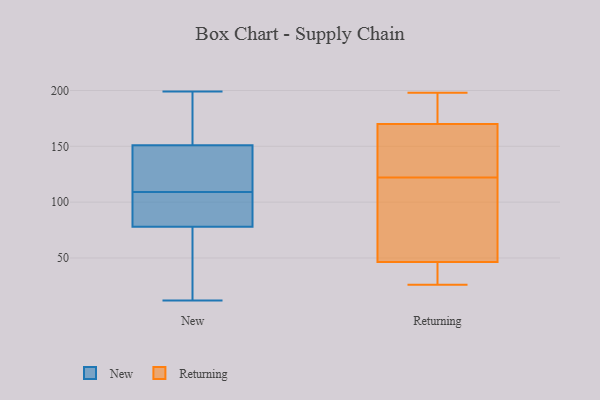
{"axis": {"x": "Humidity (%)", "y": "Value"}, "legend": ["New", "Returning"], "data": [{"x": "", "y": 166, "type": "New"}, {"x": "", "y": 142, "type": "New"}, {"x": "", "y": 132, "type": "New"}, {"x": "", "y": 136, "type": "New"}, {"x": "", "y": 73, "type": "New"}, {"x": "", "y": 94, "type": "New"}, {"x": "", "y": 141, "type": "New"}, {"x": "", "y": 197, "type": "New"}, {"x": "", "y": 120, "type": "New"}, {"x": "", "y": 78, "type": "New"}, {"x": "", "y": 78, "type": "New"}, {"x": "", "y": 185, "type": "New"}, {"x": "", "y": 62, "type": "New"}, {"x": "", "y": 199, "type": "New"}, {"x": "", "y": 84, "type": "New"}, {"x": "", "y": 88, "type": "New"}, {"x": "", "y": 98, "type": "New"}, {"x": "", "y": 160, "type": "New"}, {"x": "", "y": 52, "type": "New"}, {"x": "", "y": 12, "type": "New"}, {"x": "", "y": 179, "type": "Returning"}, {"x": "", "y": 143, "type": "Returning"}, {"x": "", "y": 57, "type": "Returning"}, {"x": "", "y": 26, "type": "Returning"}, {"x": "", "y": 43, "type": "Returning"}, {"x": "", "y": 122, "type": "Returning"}, {"x": "", "y": 198, "type": "Returning"}, {"x": "", "y": 36, "type": "Returning"}, {"x": "", "y": 141, "type": "Returning"}, {"x": "", "y": 193, "type": "Returning"}, {"x": "", "y": 111, "type": "Returning"}]}